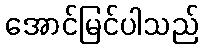
အောင်မြင်ပါသည်